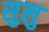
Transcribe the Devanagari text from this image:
सुलु